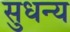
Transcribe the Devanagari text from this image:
सुधन्य